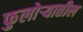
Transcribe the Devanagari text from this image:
फुलोऱ्यातील